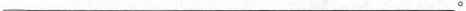
___。